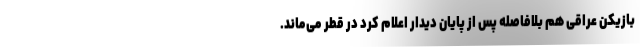
بازیکن عراقی هم بلافاصله پس از پایان دیدار اعلام کرد در قطر می‌ماند.